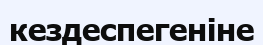
кездеспегеніне